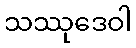
သဿုဒေဝါ